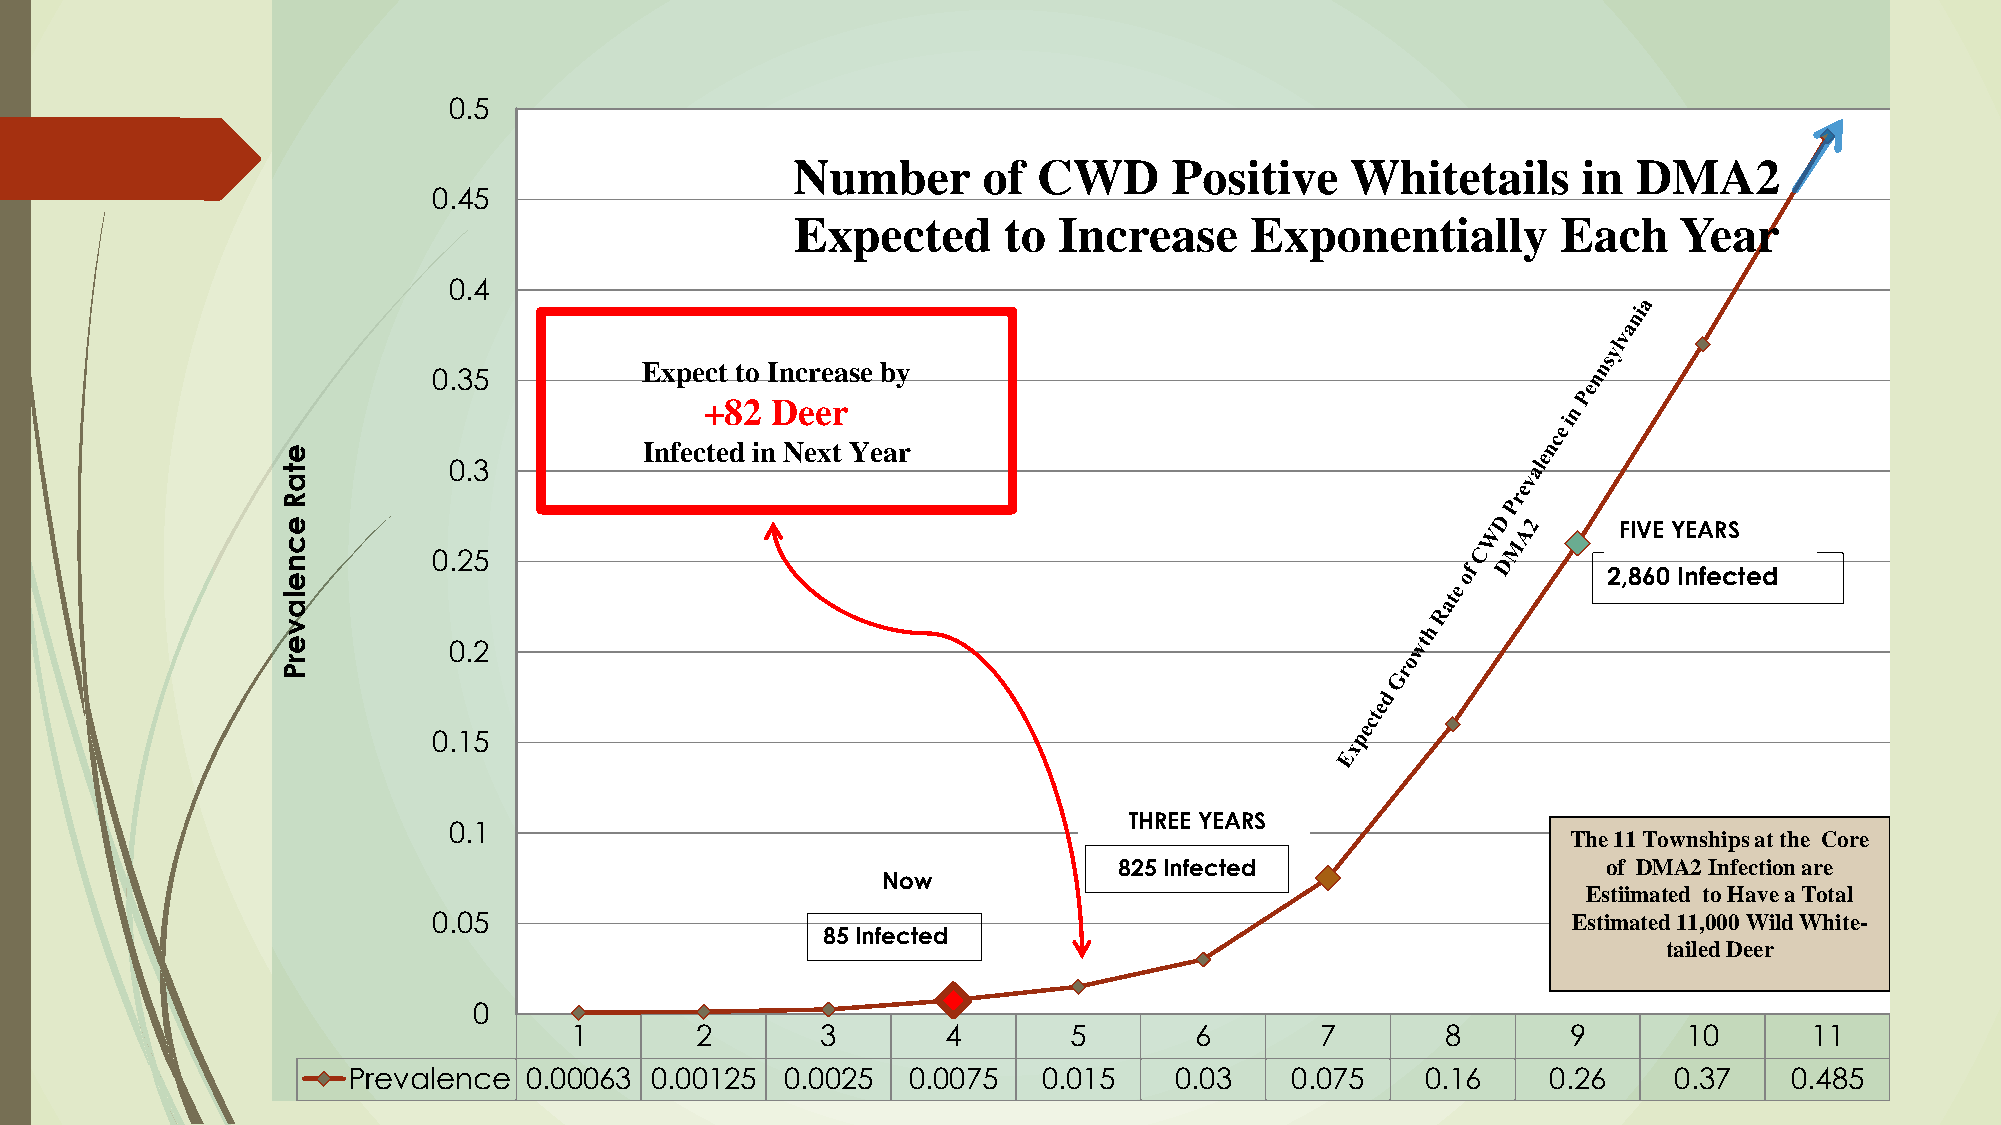
0.5
 Number       of  CWD      Positive   Whitetails      in DMA2
 0.45
 Expected     to  Increase     Exponentially       Each    Year
 0.4
 Expect to Increase by
 0.35
 +82 Deer
 e                       Infected in Next Year
 t          0.3
 a
 R
 e                                                                                       FIVE YEARS
 c
 n         0.25
 2,860 Infected
 e
 l
 a
 v
 e          0.2
 r
 P
 0.15
 THREE YEARS
 0.1
 The 11 Townshipsat the Core
 825 Infected                    of DMA2 Infection are
 Now
 Estiimated to Have a Total
 0.05                                                                       Estimated 11,000 Wild White-
 85 Infected
 tailed Deer
 0
 1       2       3        4       5       6       7        8       9       10      11
 Prevalence  0.00063 0.00125  0.0025  0.0075   0.015    0.03   0.075    0.16     0.26    0.37    0.485